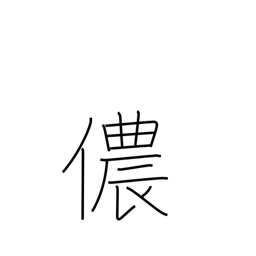
Meaning: his